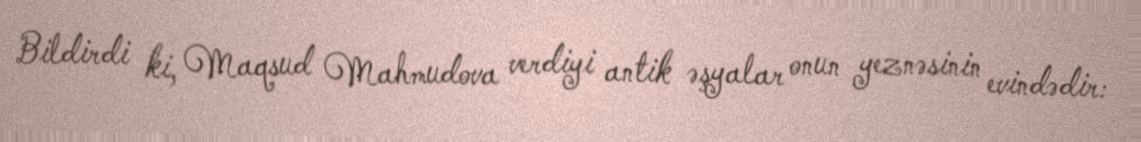
Bildirdi ki, Maqsud Mahmudova verdiyi antik əşyalar onun yeznəsinin evindədir: